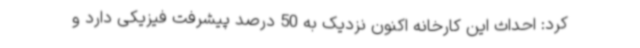
کرد: احداث این کارخانه اکنون نزدیک به 50 درصد پیشرفت فیزیکی دارد و